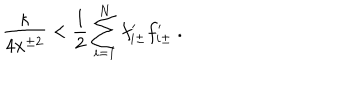
LaTeX: { \frac { \kappa } { 4 x ^ { \pm 2 } } } < { \frac { 1 } { 2 } } \sum _ { i = 1 } ^ { N } f _ { i \pm } ^ { \prime } f _ { i \pm } ^ { \prime } \ .